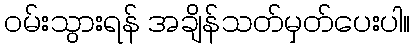
ဝမ်းသွားရန် အချိန်သတ်မှတ်ပေးပါ။